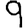
Digit: 9